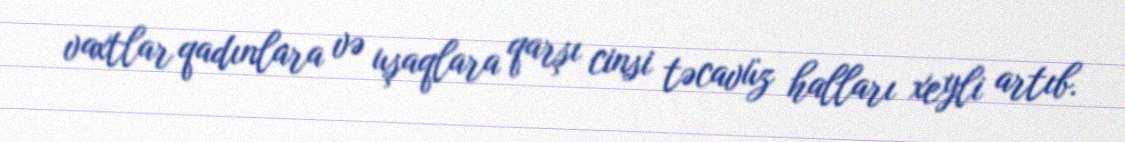
vaxtlar qadınlara və uşaqlara qarşı cinsi təcavüz halları xeyli artıb.